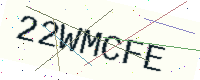
Text: 22WMCFE